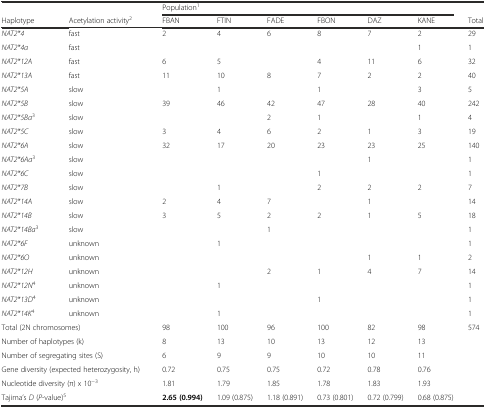
<table><thead><tr><td></td><td></td><td colspan="6"><b>Population<sup>1</sup></b></td><td></td></tr><tr><td><b>Haplotype</b></td><td><b>Acetylation activity<sup>2</sup></b></td><td><b>FBAN</b></td><td><b>FTIN</b></td><td><b>FADE</b></td><td><b>FBON</b></td><td><b>DAZ</b></td><td><b>KANE</b></td><td><b>Total</b></td></tr></thead><tbody><tr><td><i>NAT2*4</i></td><td>fast</td><td>2</td><td>4</td><td>6</td><td>8</td><td>7</td><td>2</td><td>29</td></tr><tr><td><i>NAT2*4a</i></td><td>fast</td><td></td><td></td><td></td><td></td><td></td><td>1</td><td>1</td></tr><tr><td><i>NAT2*12A</i></td><td>fast</td><td>6</td><td>5</td><td></td><td>4</td><td>11</td><td>6</td><td>32</td></tr><tr><td><i>NAT2*13A</i></td><td>fast</td><td>11</td><td>10</td><td>8</td><td>7</td><td>2</td><td>2</td><td>40</td></tr><tr><td><i>NAT2*5A</i></td><td>slow</td><td></td><td>1</td><td></td><td>1</td><td></td><td>3</td><td>5</td></tr><tr><td><i>NAT2*5B</i></td><td>slow</td><td>39</td><td>46</td><td>42</td><td>47</td><td>28</td><td>40</td><td>242</td></tr><tr><td><i>NAT2*5Ba</i><sup>3</sup></td><td>slow</td><td></td><td></td><td>2</td><td>1</td><td></td><td>1</td><td>4</td></tr><tr><td><i>NAT2*5C</i></td><td>slow</td><td>3</td><td>4</td><td>6</td><td>2</td><td>1</td><td>3</td><td>19</td></tr><tr><td><i>NAT2*6A</i></td><td>slow</td><td>32</td><td>17</td><td>20</td><td>23</td><td>23</td><td>25</td><td>140</td></tr><tr><td><i>NAT2*6Aa</i><sup>3</sup></td><td>slow</td><td></td><td></td><td></td><td></td><td>1</td><td></td><td>1</td></tr><tr><td><i>NAT2*6C</i></td><td>slow</td><td></td><td></td><td></td><td>1</td><td></td><td></td><td>1</td></tr><tr><td><i>NAT2*7B</i></td><td>slow</td><td></td><td>1</td><td></td><td>2</td><td>2</td><td>2</td><td>7</td></tr><tr><td><i>NAT2*14A</i></td><td>slow</td><td>2</td><td>4</td><td>7</td><td></td><td>1</td><td></td><td>14</td></tr><tr><td><i>NAT2*14B</i></td><td>slow</td><td>3</td><td>5</td><td>2</td><td>2</td><td>1</td><td>5</td><td>18</td></tr><tr><td><i>NAT2*14Ba</i><sup>3</sup></td><td>slow</td><td></td><td></td><td>1</td><td></td><td></td><td></td><td>1</td></tr><tr><td><i>NAT2*6F</i></td><td>unknown</td><td></td><td>1</td><td></td><td></td><td></td><td></td><td>1</td></tr><tr><td><i>NAT2*6O</i></td><td>unknown</td><td></td><td></td><td></td><td></td><td>1</td><td>1</td><td>2</td></tr><tr><td><i>NAT2*12H</i></td><td>unknown</td><td></td><td></td><td>2</td><td>1</td><td>4</td><td>7</td><td>14</td></tr><tr><td><i>NAT2*12N</i><sup>4</sup></td><td>unknown</td><td></td><td>1</td><td></td><td></td><td></td><td></td><td>1</td></tr><tr><td><i>NAT2*13D</i><sup>4</sup></td><td>unknown</td><td></td><td></td><td></td><td>1</td><td></td><td></td><td>1</td></tr><tr><td><i>NAT2*14K</i><sup>4</sup></td><td>unknown</td><td></td><td>1</td><td></td><td></td><td></td><td></td><td>1</td></tr><tr><td colspan="2">Total (2N chromosomes)</td><td>98</td><td>100</td><td>96</td><td>100</td><td>82</td><td>98</td><td>574</td></tr><tr><td colspan="2">Number of haplotypes (k)</td><td>8</td><td>13</td><td>10</td><td>13</td><td>12</td><td>13</td><td></td></tr><tr><td colspan="2">Number of segregating sites (S)</td><td>6</td><td>9</td><td>9</td><td>10</td><td>10</td><td>11</td><td></td></tr><tr><td colspan="2">Gene diversity (expected heterozygosity, h)</td><td>0.72</td><td>0.75</td><td>0.75</td><td>0.72</td><td>0.78</td><td>0.76</td><td></td></tr><tr><td colspan="2">Nucleotide diversity (π) x 10<sup>−3</sup></td><td>1.81</td><td>1.79</td><td>1.85</td><td>1.78</td><td>1.83</td><td>1.93</td><td></td></tr><tr><td colspan="2">Tajima’s <i>D</i> (<i>P</i>-value)<sup>5</sup></td><td><b>2.65 (0.994)</b></td><td>1.09 (0.875)</td><td>1.18 (0.891)</td><td>0.73 (0.801)</td><td>0.72 (0.799)</td><td>0.68 (0.875)</td><td></td></tr></tbody></table>